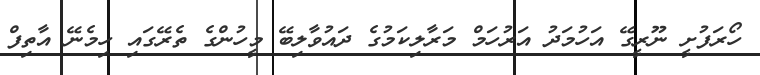
ހޯރަފުށީ ނޫރީގޭ އަހުމަދު އަރުހަމް މަރާލިކަމުގެ ދައުވާލިބޭ މީހުންގެ ތެރޭގައި ހިމެނޭ އާތިފް